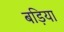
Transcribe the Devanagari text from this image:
बड़िया